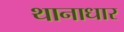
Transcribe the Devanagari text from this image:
थानाधार